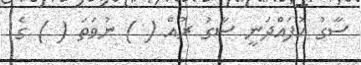
ސާގު އުފައްދަނީ ސާގު ރުއް ( ) ނުވަތަ ( ) ގެ